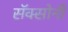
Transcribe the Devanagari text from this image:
सॅक्सोनी